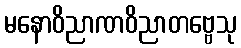
မနောဝိညာဏဝိညာတဗ္ဗေသု